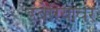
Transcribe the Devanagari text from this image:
इबेरियावर